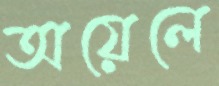
অয়েলে